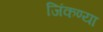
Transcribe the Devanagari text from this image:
जिंकण्या